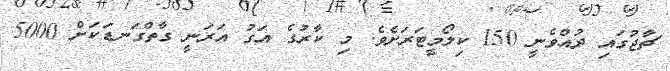
ޗާޖުގައި ދުއްވެނީ 150 ކިލޯމީޓަރަށެވެ. މި ކާރުުގެ އަގު އަރަނީ ގާތްގަނޑަކަށް 5000